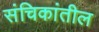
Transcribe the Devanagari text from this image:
संचिकांतील